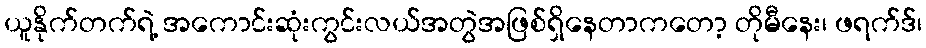
ယူနိုက်တက်ရဲ့ အကောင်းဆုံးကွင်းလယ်အတွဲအဖြစ်ရှိနေတာကတော့ တိုမီနေး၊ ဖရက်ဒ်၊